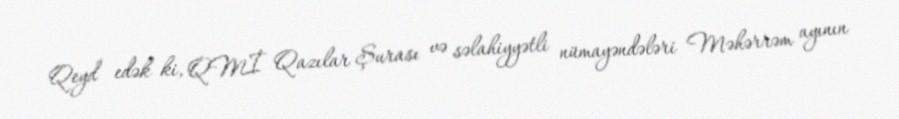
Qeyd edək ki, QMİ Qazılar Şurası və səlahiyyətli nümayəndələri Məhərrəm ayının